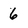
Character: 6